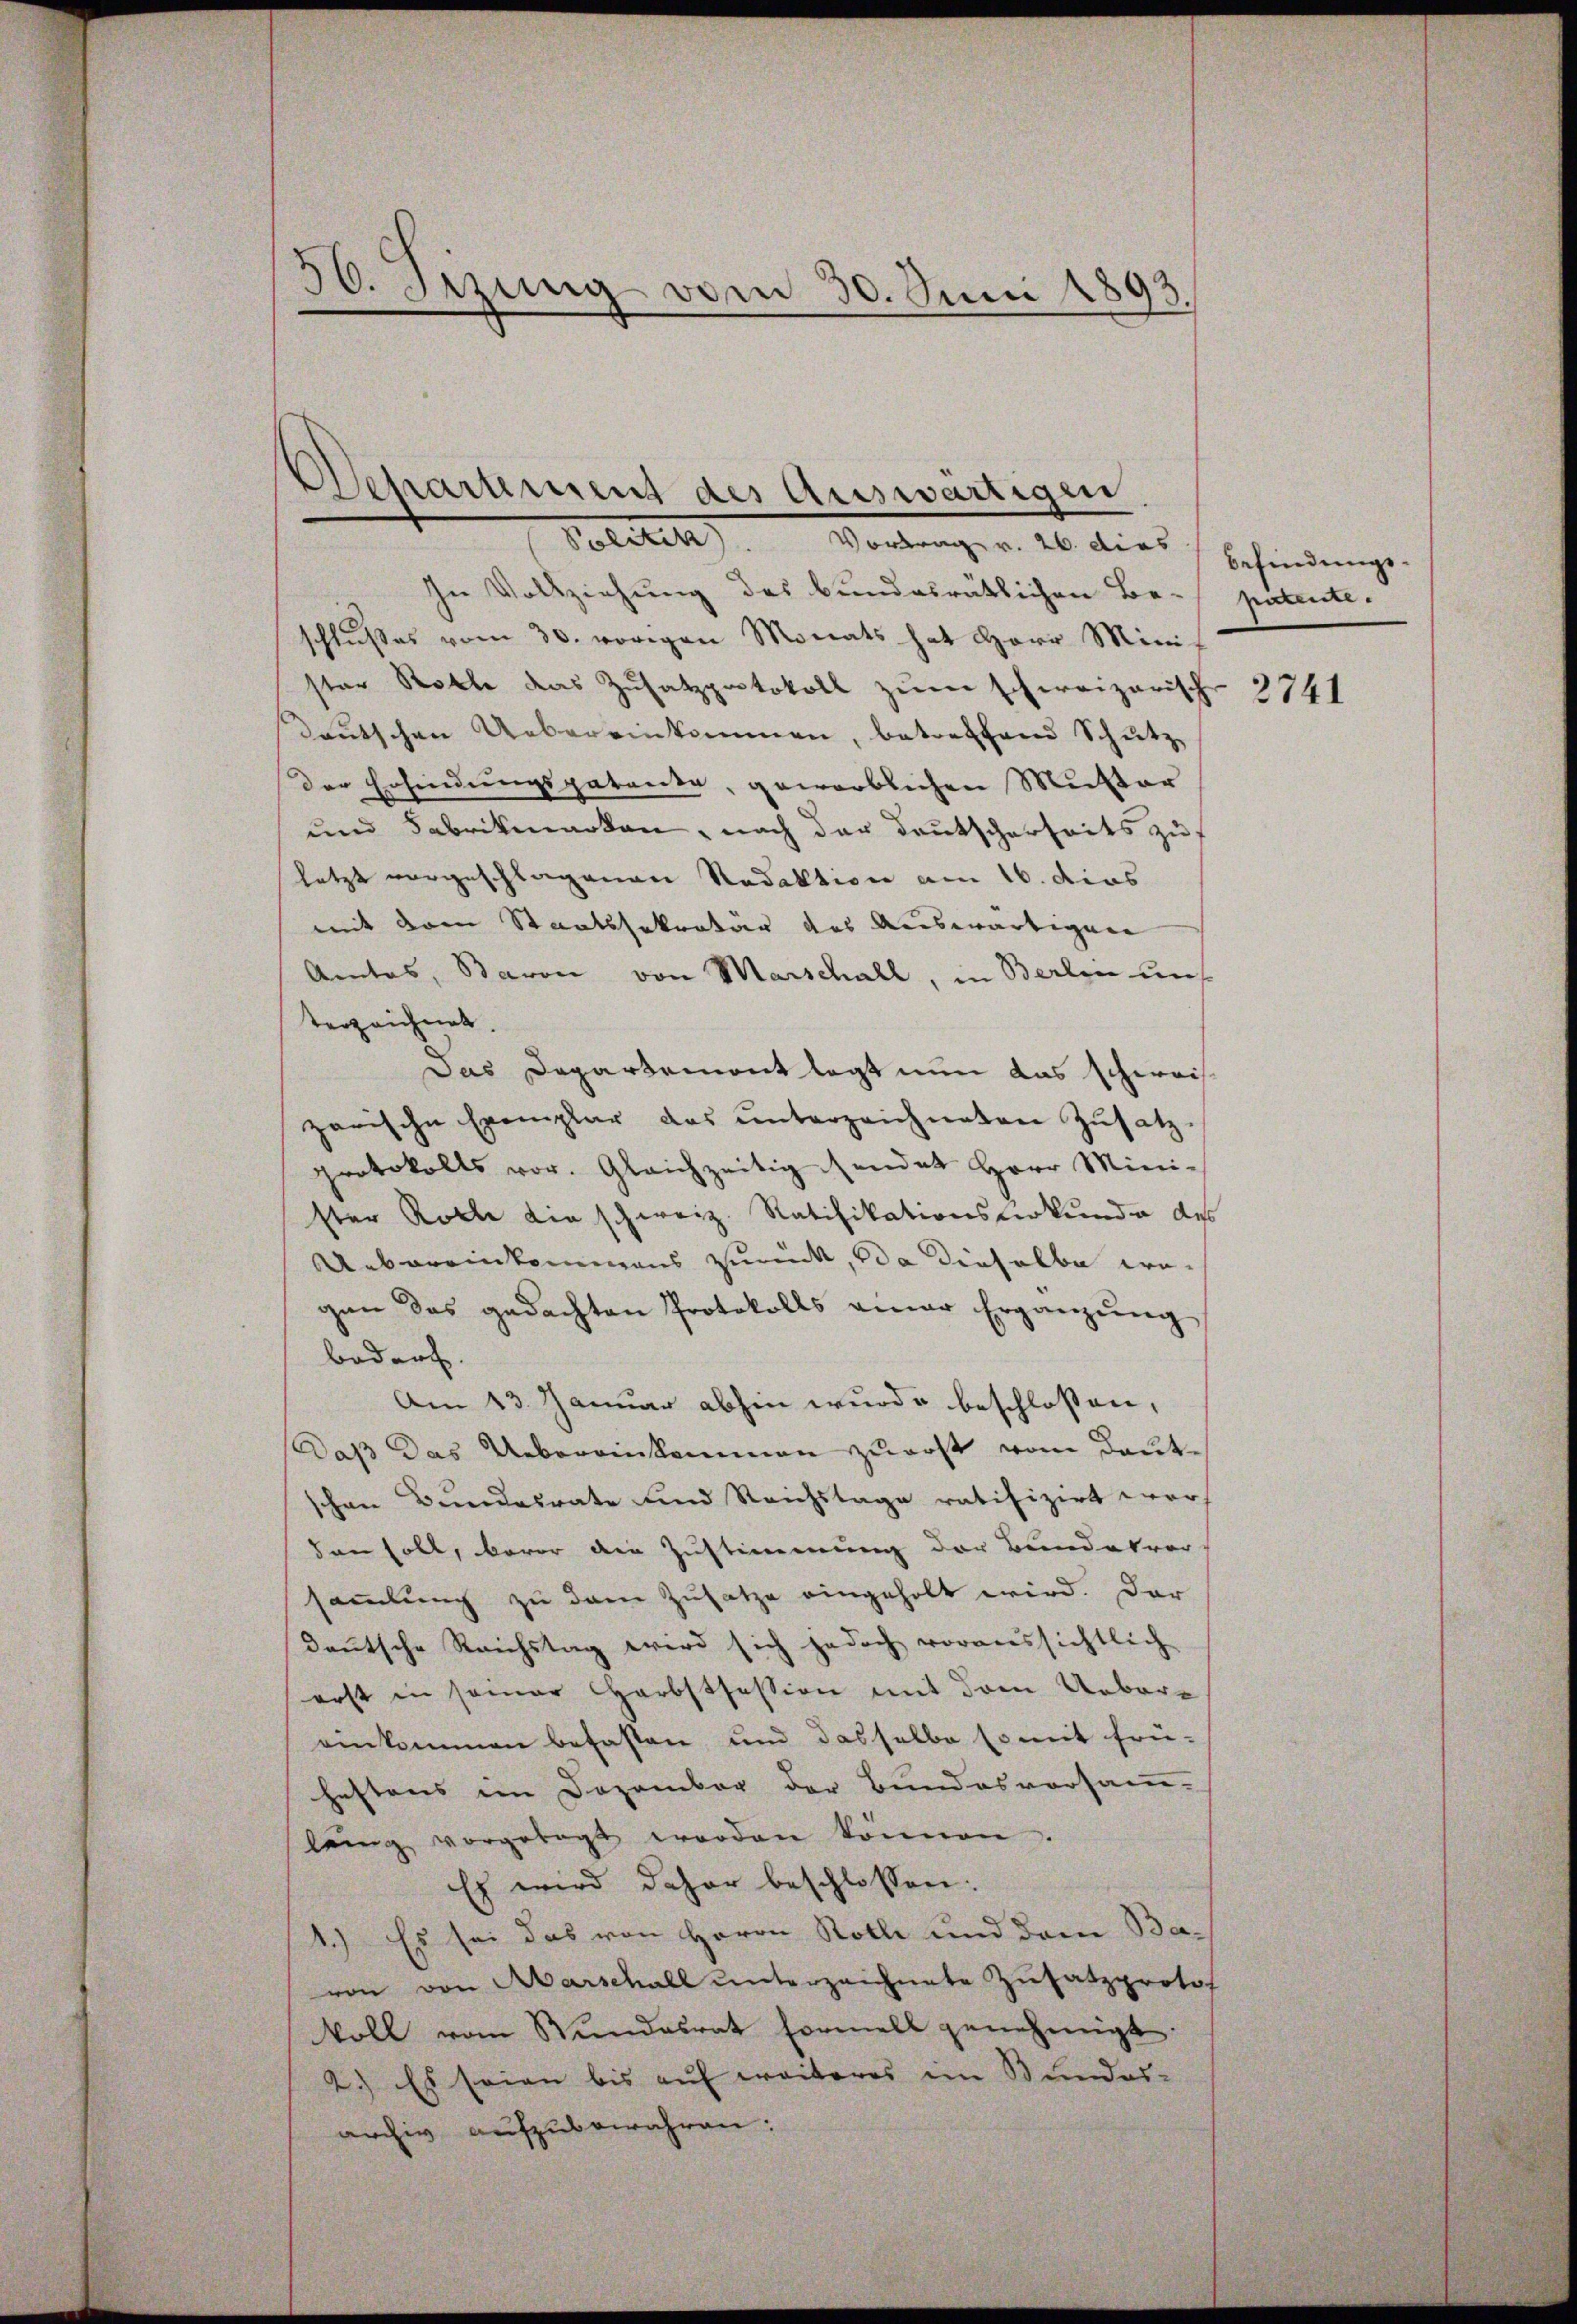
56. Sizung vom 30. Juni 1893

Departement des Auswärtigen
Politik. Vortrag v. 26. dies

In Vollziehung des bundesrätlichen Be- patente.
schlußes vom 30. vorigen Monats hat Herr Minis
ster Rolle das Zusatzprotokoll zum schweizerische 3741
Deutschen Uebereinkommen, betreffend Schutz
der Erfindungspatente, geworblichen Mutter
und Fabrikmarken, nach der Deutscherheits zu
letzt vorgeschlagenen Redaktion am 16. dies
mit dem Staatssekretär des Auswärtigung
Amtas, Baron von Marschall, in Berlin uns
terzeichnet.
Das Departement legt nun das schweizarische Exemplar das unterzeichneten Zusatzprotokolls vor. Gleichzeitig sendet Herr Mini-
ster Rolle die schweiz. Ratifikationsverkunde des
Uebereinkommens zurück, da dieselbe wegen das gedachten Protokolls einer Ergänzŭng
bedarf.
Am 13. Januar abhin wurde beschlossen,
Daß das Uebereinkommen zuerst vom Deutschen Bundesrate und Reichstage ratifizirt word
den soll, bevor die Zustimmung der Bundesvor-
sammlung zu dem Zusatze eingeholt wird. Der
deutsche Reichstag wird sich jedoch voraussichtlich
erst in seiner Harbstfession mit dem Uebere
einkommen befasten und dasselbe so mit frü-
hestens im Dezember der Bundesvorsamm-
lang vorgetagt worden können.
Es wird daher beschlossen:
1.) Es sei das von Herrn Roth und dem Bavon von Marschall unterzeichnete Zusatzprotof
koll vom Stundesrat formell genehmigt.
2.) Es seien bis auf weiteres im Bundes-
archiv aufzubewahren:

Befindungs¬